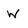
Character: w